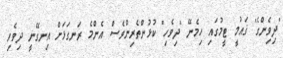
"ދިވެިންގެ" ޤައުމީ ޓީމުގައި ހިމެނޭ "ދިވެހި" ކުޅުންތެރިންވެސް އެންމެ ރަނގަޅަށް އިނގޭނީ ދިވެހި